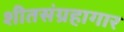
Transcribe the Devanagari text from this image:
शीतसंग्रहागार